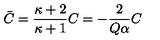
\bar { C } = \frac { \kappa + 2 } { \kappa + 1 } C = - \frac { 2 } { Q \alpha } C